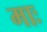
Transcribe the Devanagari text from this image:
माः